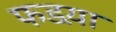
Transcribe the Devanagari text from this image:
फडय़ा